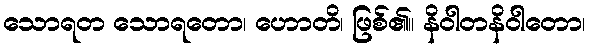
သောရတ သောရတော၊ ဟောတိ၊ ဖြစ်၏။ နိဝါတနိဝါတော၊